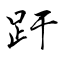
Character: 趶